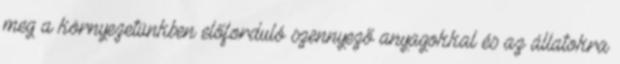
meg a környezetünkben előforduló szennyező anyagokkal és az állatokra